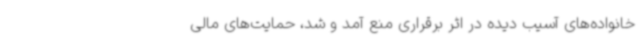
خانواده‌های آسیب دیده در اثر برقراری منع آمد و شد، حمایت‌های مالی